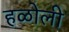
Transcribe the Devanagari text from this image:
हळोली